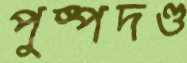
পুষ্পদণ্ড